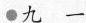
·九 一